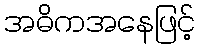
အဓိကအနေဖြင့်